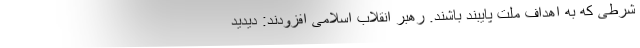
شرطی که به اهداف ملت پایبند باشند. رهبر انقلاب اسلامی افزودند: دیدید